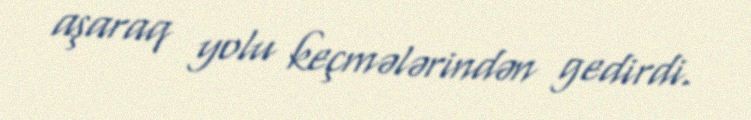
aşaraq yolu keçmələrindən gedirdi.